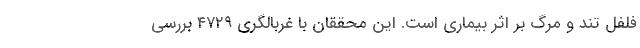
فلفل تند و مرگ‌ بر اثر بیماری است. این محققان با غربالگری ۴۷۲۹ بررسی